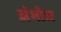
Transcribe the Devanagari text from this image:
अंभोज